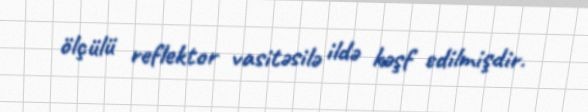
ölçülü reflektor vasitəsilə ildə kəşf edilmişdir.